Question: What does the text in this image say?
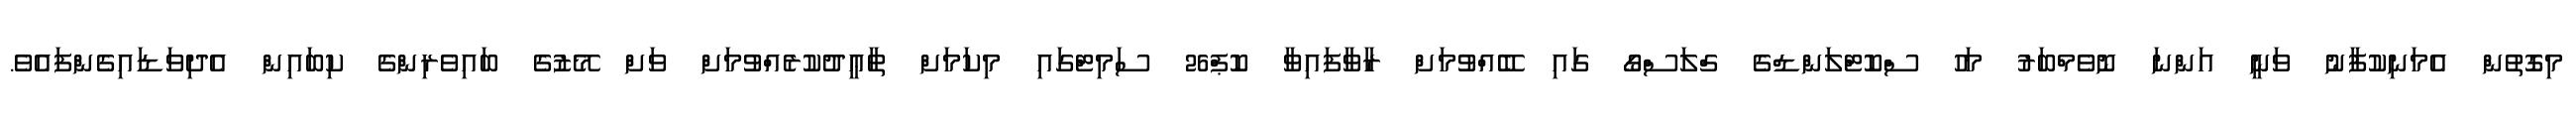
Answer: މިގޮތުން އެމަނިކުފާނު ވަނީ އަންނަ ނޮވެމްބަރު މަހު ސްކޮޓްލަންޑްގެ ގްލަސްގޯ ގައި ބޭއްވުމަށް ރާވާފައިވާ ކޮޕް26 ސަމިޓްގައި މިކަމަށް ތާޢީދުކުރެއްވުމަށް ވަށް މޭޒުގެ ބައިވެރިންގެ ކިބައިން އެދިވަޑައިގެންފައެވެ.